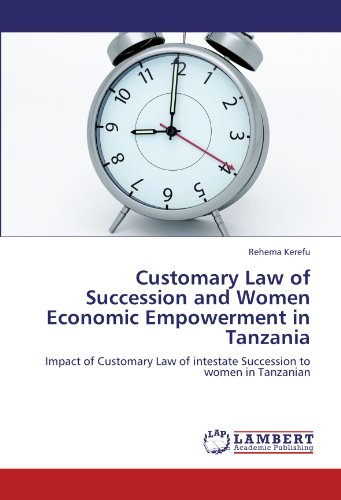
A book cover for Customary Law of Succession and Women Economic Empowerment in Tanzania: Impact of Customary Law of intestate Succession to women in Tanzanian; Rehema Kerefu; Law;